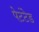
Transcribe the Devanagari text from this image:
पेटंटेड